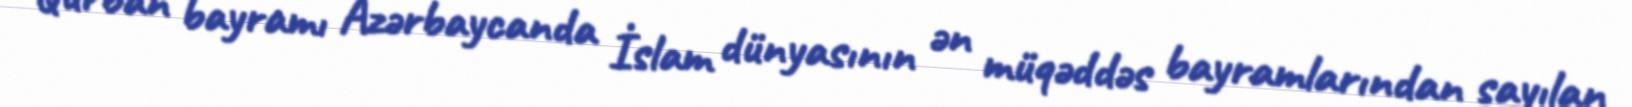
Qurban bayramı Azərbaycanda İslam dünyasının ən müqəddəs bayramlarından sayılan